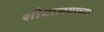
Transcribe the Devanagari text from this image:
शौचालयाच्या